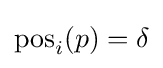
\mathrm {pos} _{i}(p)=\delta